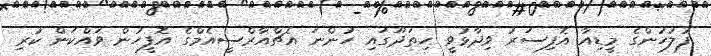
ފުލުހުންގެ މީޑިއާ އޮފިސަރު ވިދާޅުވީ ހިތަދޫގައި ހުންނަ އެޗްއާރްސީއެމްގެ އޮފީހުން ވައްކަން ކުރި